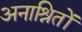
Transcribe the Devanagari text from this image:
अनाश्रितों